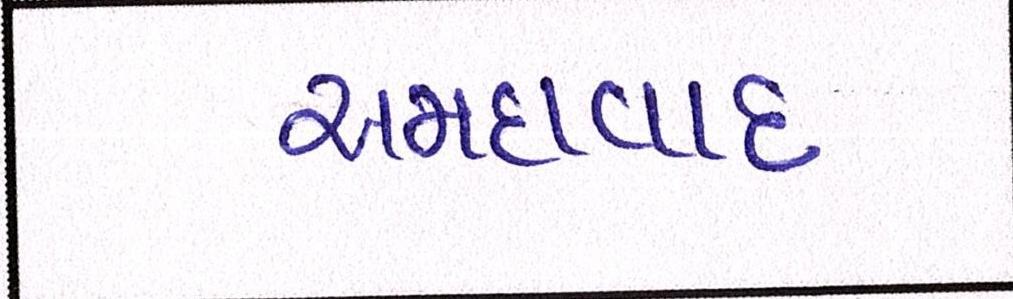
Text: અમદાવાદઃ